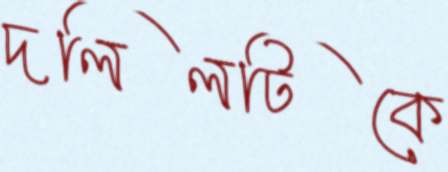
দলিলটিকে